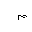
Letter: _mim